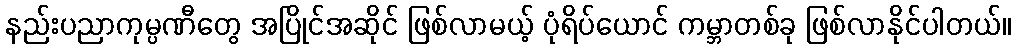
နည်းပညာကုမ္ပဏီတွေ အပြိုင်အဆိုင် ဖြစ်လာမယ့် ပုံရိပ်ယောင် ကမ္ဘာတစ်ခု ဖြစ်လာနိုင်ပါတယ်။